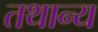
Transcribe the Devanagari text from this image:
तथान्य